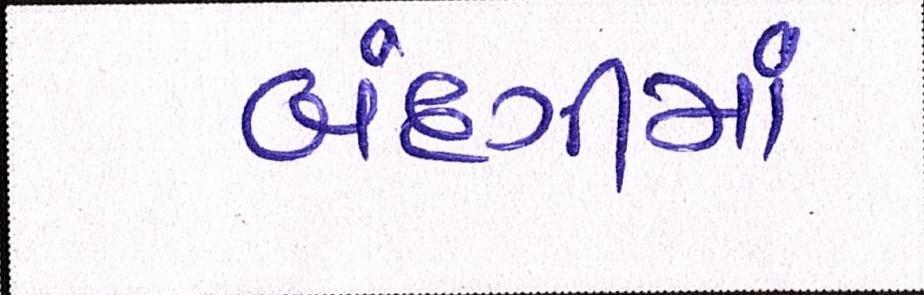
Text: બંદગીમાં